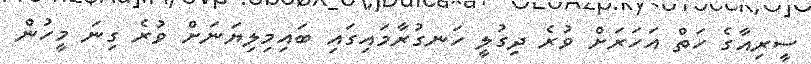
ސީރިއާގެ ހަތް އަހަރަށް ވުރެ ދިގުލީ ހަނގުރާމައިގައި ބައިމިލިޔަނަށް ވުރެ ގިނަ މީހުން